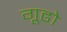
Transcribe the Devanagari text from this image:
गूढो